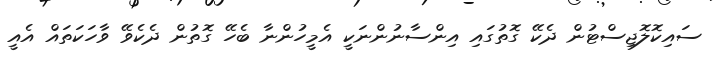
ސައިކޮލޮޖިސްޓުން ދެކޭ ގޮތުގައި އިންސާނުންނަކީ އެމީހުންނާ ބެހޭ ގޮތުން ދެކެވޭ ވާހަކަތައް އެއީ